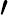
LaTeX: \prime